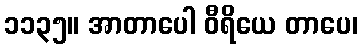
၁၁၃၅။ အာတာပေါ ဝီရိယေ တာပေ၊